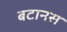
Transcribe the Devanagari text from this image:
बटानस